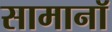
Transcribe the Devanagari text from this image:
सामानॉ